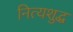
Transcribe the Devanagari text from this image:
नित्यशुद्ध